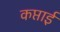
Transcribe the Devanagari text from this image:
कप्ताई